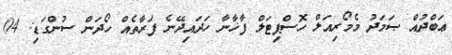
ޢަބްދުއް ޞަމަދު މެމޯރިއަލް ހޮސްޕިޓަލް ފާޚާނާ ހަދައިދޭނެ ފަރާތެއް ހޯދަން ސުންގަޑި: 04